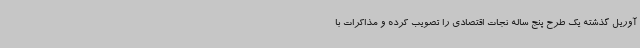
آوریل گذشته یک طرح پنج ساله نجات اقتصادی را تصویب کرده و مذاکرات با